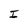
Character: I